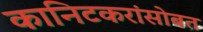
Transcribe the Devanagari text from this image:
कानिटकरांसोबत